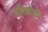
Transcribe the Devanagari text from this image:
वरिष्ठांशी